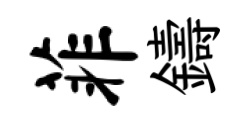
菲鑄